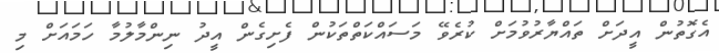
އެގޮތުން އީދަށް ތައްޔާރުވުމަށް ކުރެވޭ މަސައްކަތްތަކުން ފެށިގެން އީދު ނިންމާލުމާ ހަމައަށް މި